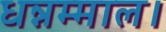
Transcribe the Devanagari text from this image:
धन्नम्माल।